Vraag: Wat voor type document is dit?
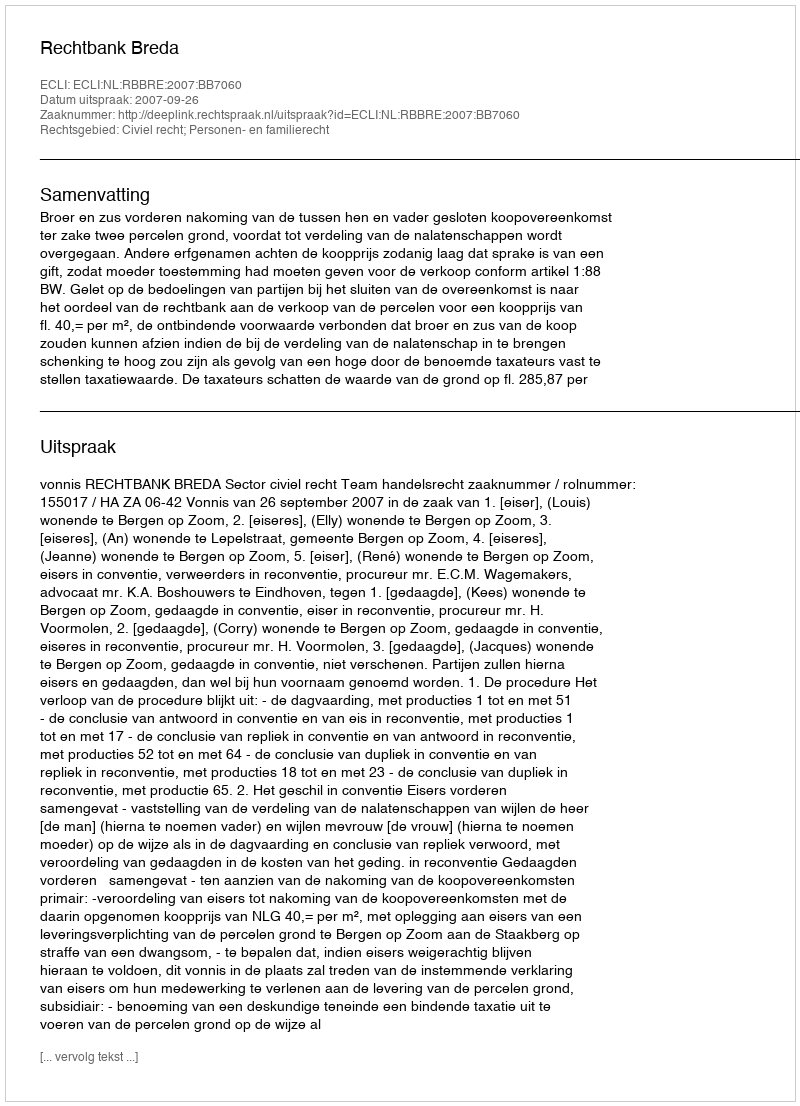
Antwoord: Uitspraak